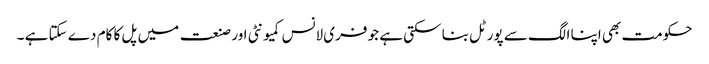
حکومت بھی اپنا الگ سے پورٹل بنا سکتی ہے جو فری لانس کمیونٹی اور صنعت میں پل کا کام دے سکتا ہے ۔